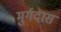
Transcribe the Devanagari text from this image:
मुर्गदास